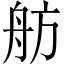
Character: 舫